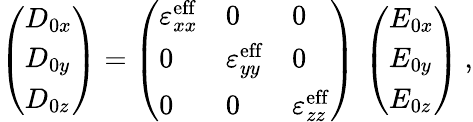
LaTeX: \left(\begin{array}{l}{D_{0x}}\\ {D_{0y}}\\ {D_{0z}}\end{array}\right)=\left(\begin{array}{lll}{\varepsilon_{xx}^{\mathrm{eff}}}&{0}&{0}\\ {0}&{\varepsilon_{yy}^{\mathrm{eff}}}&{0}\\ {0}&{0}&{\varepsilon_{zz}^{\mathrm{eff}}}\end{array}\right)\, \left(\begin{array}{l}{E_{0x}}\\ {E_{0y}}\\ {E_{0z}}\end{array}\right)\: ,